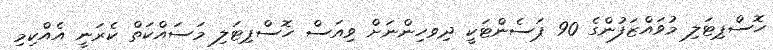
ހޮސްޕިޓަލި މުވައްޒަފުންގެ 90 ޕަސެންޓަކީ ދިވހިންނަށް ވިއަސް ހޮސްޕިޓަލި މަސައްކަތް ކެރަނީ އެއްކިމި